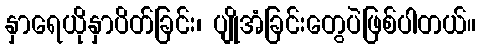
နှာရေယိုနှာပိတ်ခြင်း၊ ပျိုအံခြင်းတွေပဲဖြစ်ပါတယ်။